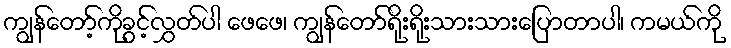
ကျွန်တော့်ကိုခွင့်လွှတ်ပါ ဖေဖေ၊ ကျွန်တော်ရိုးရိုးသားသားပြောတာပါ၊ ကမယ်ကို